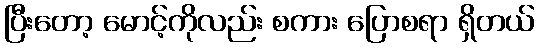
ပြီးတော့ မောင့်ကိုလည်း စကား ပြောစရာ ရှိတယ်